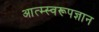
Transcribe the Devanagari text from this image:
आत्म्स्वरूपज्ञान